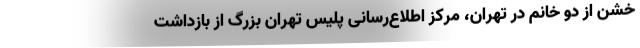
خشن از دو خانم در تهران، مرکز اطلاع‌رسانی پلیس تهران بزرگ از بازداشت